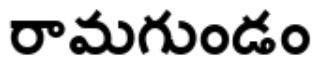
రామగుండం